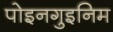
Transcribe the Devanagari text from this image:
पोइनगुइनिम